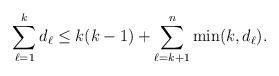
LaTeX: \begin{align*}\sum_{\ell=1}^k d_\ell \leq k(k-1) + \sum_{\ell=k+1}^n \min(k,d_\ell).\end{align*}